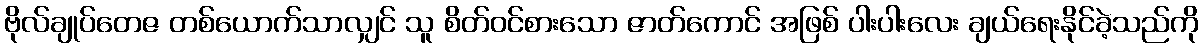
ဗိုလ်ချုပ်တေဇ တစ်ယောက်သာလျှင် သူ စိတ်ဝင်စားသော ဇာတ်ကောင် အဖြစ် ပါးပါးလေး ချယ်ရေးနိုင်ခဲ့သည်ကို